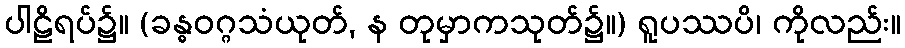
ပါဠိရပ်၌။ (ခန္ဓဝဂ္ဂသံယုတ်, န တုမှာကသုတ်၌။) ရူပဿပိ၊ ကိုလည်း။